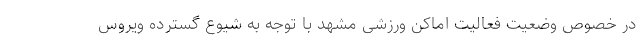
در خصوص وضعیت فعالیت اماکن ورزشی مشهد با توجه به شیوع گسترده ویروس